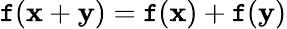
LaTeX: \mathtt{f}(\mathbf{{x}}+\mathbf{{y}})=\mathtt{f}(\mathbf{{x}})+\mathtt{f}(\mathbf{{y}})